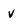
Character: v